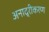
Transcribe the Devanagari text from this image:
अनाद्रीकरण